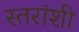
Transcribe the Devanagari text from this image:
स्तरांशी